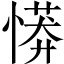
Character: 𢟨